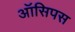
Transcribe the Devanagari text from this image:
ऑसिपस